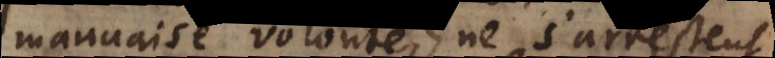
mauvaise volonté, ne s’arrestent